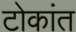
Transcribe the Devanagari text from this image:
टोकांत